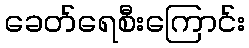
ခေတ်ရေစီးကြောင်း